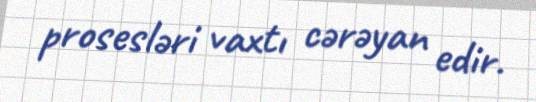
prosesləri vaxtı cərəyan edir.